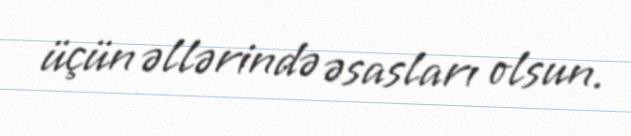
üçün əllərində əsasları olsun.